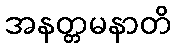
အနတ္တမနာတိ